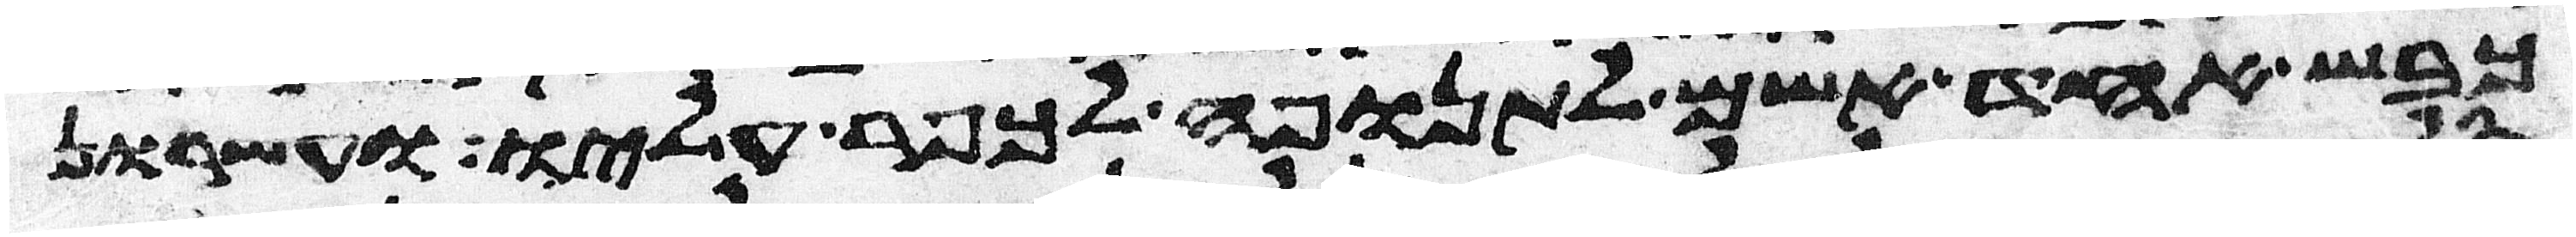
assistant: כבש אחד אשם לתנופה לכפר עליו ועשרון